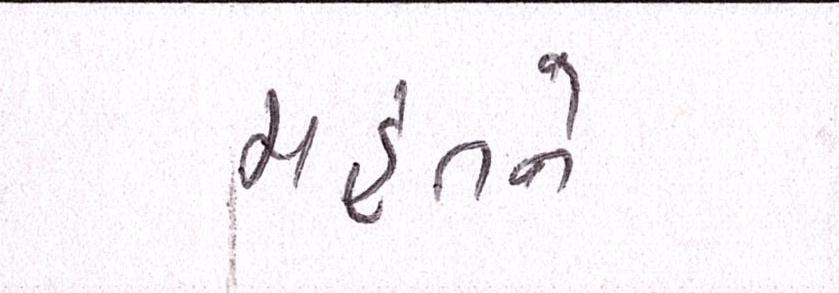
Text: મહંતને